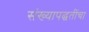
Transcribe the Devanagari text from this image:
संख्यापद्धतींचा